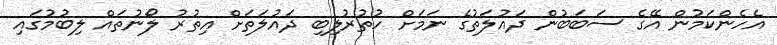
އެހެންކަމުން އޭގެ ސަބަބުން ދައުލަތުގެ ނަމަށް ހުތުރުލިބި ދައުލަތަށް އިތުރު ލޯނުތައް ލިބުމުގައި